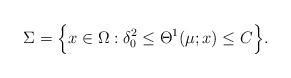
LaTeX: \begin{align*}\Sigma=\Big\{x\in\Omega: \delta_0^2\le\Theta^1(\mu; x)\leq C\Big\}.\end{align*}